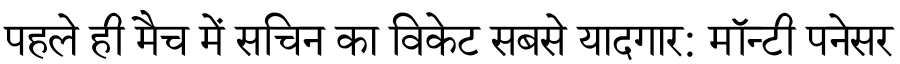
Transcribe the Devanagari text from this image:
पहले ही मैच में सचिन का विकेट सबसे यादगार: मॉन्टी पनेसर